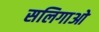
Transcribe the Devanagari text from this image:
सलिगाओ